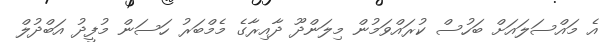
އެ މައްސަލައަށް ބަހުސް ކުރައްވަމުން މިލަންދޫ ދާއިރާގެ މެމްބަރު ހަސަން މުފީދު އަބްދުލް